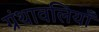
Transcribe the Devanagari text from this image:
ग्रंथावलियाँ